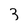
Character: 3